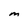
Character: M